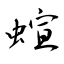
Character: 蝖